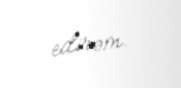
edirəm.